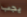
يجب